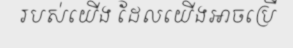
របស់យើង ដែលយើងអាចប្រើ